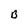
Character: B